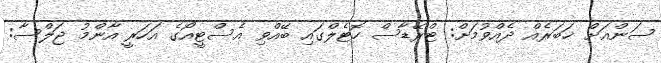
ސަންއަށް ޚަބަރެއް ދެއްވުމަށް: ޓްރޭޑާސް ހޮޓެލްގައި ބޭއްވި އެސްޓީއޯގެ އަހަރީ އާންމު ޖަލްސާ: